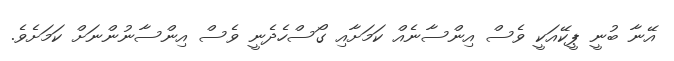
އޭނާ ބުނީ ޕީކޭއަކީ ވެސް އިންސާނެއް ކަމަށާއި ގޯސްހެދެނީ ވެސް އިންސާނުންނަށް ކަމަށެވެ.